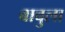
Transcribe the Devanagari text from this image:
बाबुला